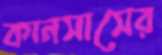
কানসাসের